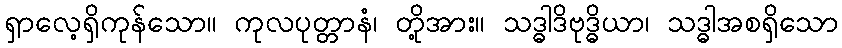
ရှာလေ့ရှိကုန်သော။ ကုလပုတ္တာနံ၊ တို့အား။ သဒ္ဓါဒိဗုဒ္ဓိယာ၊ သဒ္ဓါအစရှိသော